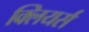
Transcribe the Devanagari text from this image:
क्लियर्स